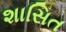
શાસિત